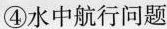
④水中航行问题